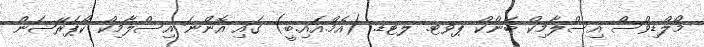
މޯލްޑިވްސް އިސްލާމިކް ބޭންކް ޕވޓ. ލޓޑ. (އެމް.އައި.ބީ) ގައި އޮންނަ އިސްލާމިކް ކޯޕަރޭޝަން